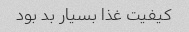
کیفیت غذا بسیار بد بود